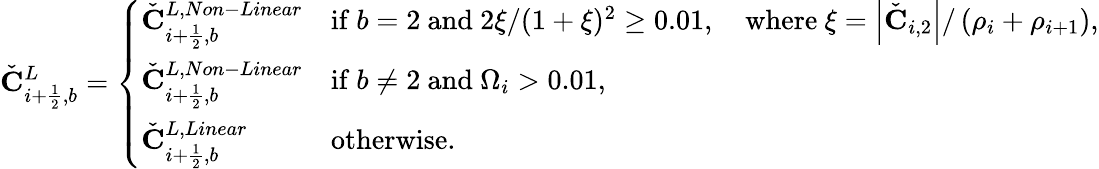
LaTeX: \check{\mathbf{C}}_{i+\frac{1}{2},b}^{L}=\left\{ \begin{array}{ll}{\check{\mathbf{C}}_{i+\frac{1}{2},b}^{L,Non-Linear}}&{\mathrm{if~}b=2\mathrm{~and~}2\xi/(1+\xi)^{2}\geq 0.01,\quad\mathrm{where~}\xi=\left|{\check{\mathbf{C}}}_{i,2}\right|/\left(\rho_{i}+\rho_{i+1}\right),}\\ {\check{\mathbf{C}}_{i+\frac{1}{2},b}^{L,Non-Linear}}&{\mathrm{if~}b\neq 2\mathrm{~and~}\Omega_{i}>0.01,}\\ {\check{\mathbf{C}}_{i+\frac{1}{2},b}^{L,Linear}}&{\mathrm{otherwise}.}\end{array}\right.